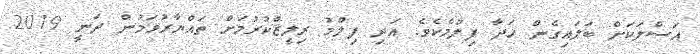
އަސްލަކަށް ބަލައިގެން ހަދާ ފިލްމެކެވެ. އަދި ފިލްމު ރިލީޒްކުރުމަށް ތައްޔާރުވަމުން ދަނީ 2019